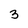
Character: 3